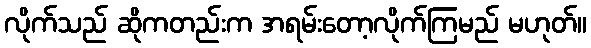
လိုက်သည် ဆိုကတည်းက အရမ်းတော့လိုက်ကြမည် မဟုတ်။